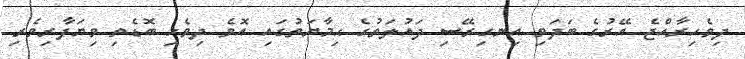
ދިވެހިރާއްޖެ އޭރުގެ ބަދަވި އިނގިރޭސި ދައުލަތުގެ ޙިމާޔަތުގައި އޮވެ ދިވެހި ބޮޑެތި ވިޔަފާރިވެރި